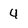
Character: 4